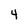
Character: 4